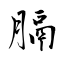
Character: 膈